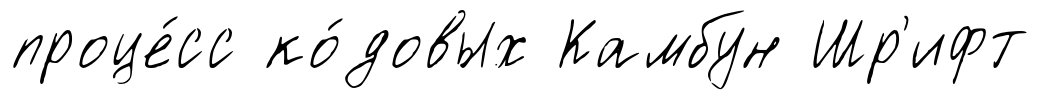
проце́сс ко́довых Камбун Шр'ифт